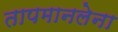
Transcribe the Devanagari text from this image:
तापमानलेना